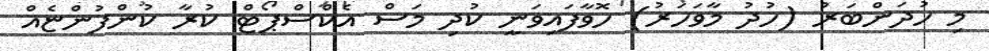
މި ހުދަންބަރު (ހުދު މާވަހަރު) ހޮވާފައިވަނީ ކުދި މަސް އެކްސްޕޯޓް ކުރާ ކުންފުންޏެއް